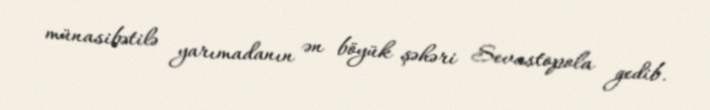
münasibətilə yarımadanın ən böyük şəhəri Sevastopola gedib.